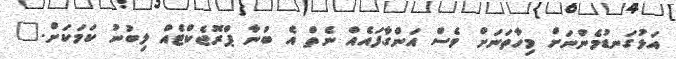
އަޅުގަނޑުމެންނަށް މިހާތަނަށް ވެސް އަންގާފައެއް ނެތް އެ ބުނާ ޕްރޮޖެކްޓެއް ލިބުނު ކަމަކަށް."